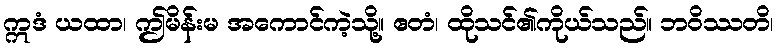
ဣဒံ ယထာ၊ ဤမိန်းမ အကောင်ကဲ့သို့။ ဧတံ၊ ထိုသင်၏ကိုယ်သည်။ ဘဝိဿတိ၊